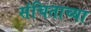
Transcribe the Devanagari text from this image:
संचिताच्या